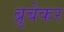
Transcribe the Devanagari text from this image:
ब्रुबेकर